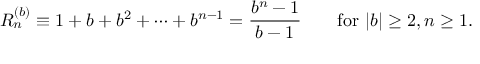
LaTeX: R _ { n } ^ { ( b ) } \equiv 1 + b + b ^ { 2 } + \cdots + b ^ { n - 1 } = { \frac { b ^ { n } - 1 } { b - 1 } } \qquad { \mathrm { f o r ~ } } | b | \geq 2 , n \geq 1 .